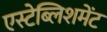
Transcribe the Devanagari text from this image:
एस्टेब्लिशमेंट